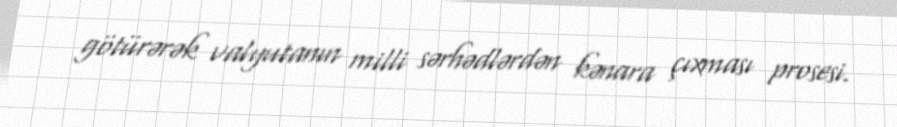
götürərək valyutanın milli sərhədlərdən kənara çıxması prosesi.